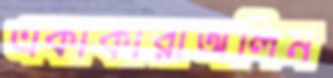
একাকারাঅলিম